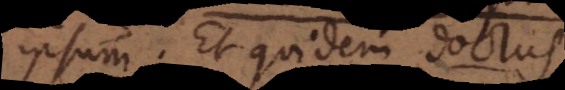
ipsum. Et quidem doctus